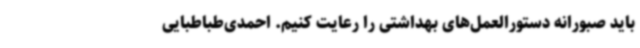
باید صبورانه دستورالعمل‌های بهداشتی را رعایت کنیم. احمدی‌طباطبایی